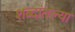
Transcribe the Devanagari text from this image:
शब्दांतल्या